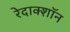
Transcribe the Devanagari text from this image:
रेदाक्शॉन